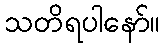
သတိရပါနော်။